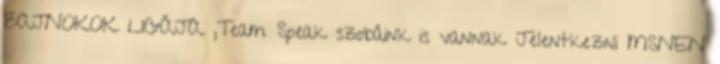
BAJNOKOK LIGÁJA ,Team Speak szobáink is vannak Jelentkezni MSNEN